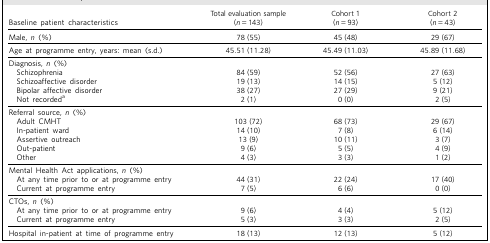
<table><thead><tr><td><b>Baseline patient characteristics</b></td><td><b>Total evaluation sample(<i>n</i> = 143)</b></td><td><b>Cohort 1(<i>n</i> = 93)</b></td><td><b>Cohort 2(<i>n</i> = 43)</b></td></tr></thead><tbody><tr><td>Male, <i>n</i> (%)</td><td>78 (55)</td><td>45 (48)</td><td>29 (67)</td></tr><tr><td>Age at programme entry, years: mean (s.d.)</td><td>45.51 (11.28)</td><td>45.49 (11.03)</td><td>45.89 (11.68)</td></tr><tr><td>Diagnosis, <i>n</i> (%)</td><td></td><td></td><td></td></tr><tr><td>Schizophrenia</td><td>84 (59)</td><td>52 (56)</td><td>27 (63)</td></tr><tr><td>Schizoaffective disorder</td><td>19 (13)</td><td>14 (15)</td><td>5 (12)</td></tr><tr><td>Bipolar affective disorder</td><td>38 (27)</td><td>27 (29)</td><td>9 (21)</td></tr><tr><td>Not recorded<sup>a</sup></td><td>2 (1)</td><td>0 (0)</td><td>2 (5)</td></tr><tr><td>Referral source, <i>n</i> (%)</td><td></td><td></td><td></td></tr><tr><td>Adult CMHT</td><td>103 (72)</td><td>68 (73)</td><td>29 (67)</td></tr><tr><td>In-patient ward</td><td>14 (10)</td><td>7 (8)</td><td>6 (14)</td></tr><tr><td>Assertive outreach</td><td>13 (9)</td><td>10 (11)</td><td>3 (7)</td></tr><tr><td>Out-patient</td><td>9 (6)</td><td>5 (5)</td><td>4 (9)</td></tr><tr><td>Other</td><td>4 (3)</td><td>3 (3)</td><td>1 (2)</td></tr><tr><td>Mental Health Act applications, <i>n</i> (%)</td><td></td><td></td><td></td></tr><tr><td>At any time prior to or at programme entry</td><td>44 (31)</td><td>22 (24)</td><td>17 (40)</td></tr><tr><td>Current at programme entry</td><td>7 (5)</td><td>6 (6)</td><td>0 (0)</td></tr><tr><td>CTOs, <i>n</i> (%)</td><td></td><td></td><td></td></tr><tr><td>At any time prior to or at programme entry</td><td>9 (6)</td><td>4 (4)</td><td>5 (12)</td></tr><tr><td>Current at programme entry</td><td>5 (3)</td><td>3 (3)</td><td>2 (5)</td></tr><tr><td>Hospital in-patient at time of programme entry</td><td>18 (13)</td><td>12 (13)</td><td>5 (12)</td></tr></tbody></table>